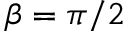
\beta = \pi / 2